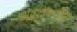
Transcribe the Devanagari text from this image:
अवशोषणमिति